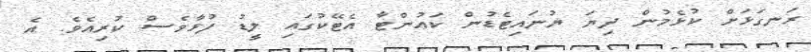
ރަނގަޅަށް ކުޅެމުން ދިޔަ ޔުނައިޓެޑުން ކައުންޓާ އެޓޭކުގައި ލީޑު ފުޅާވެސް ކުރިއެވެ. އެ